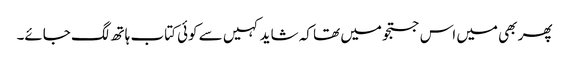
پھر بھی میں اس جستجو میں تھا کہ شاید کہیں سے کوئی کتاب ہاتھ لگ جائے۔